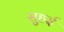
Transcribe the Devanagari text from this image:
सुहई